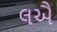
લઐ